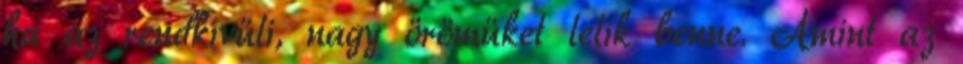
ha az rendkívüli, nagy örömüket lelik benne. Amint az